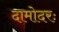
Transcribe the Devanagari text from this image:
दामोदरः